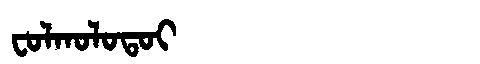
Manchu: ᠸᠣᠯᡴᠣᠯᠣᡨᠣᡳ
Romanization: FOLKOLOTOI